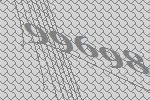
99698